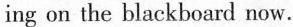
ing on the blackboard now.